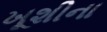
ખૂશીના